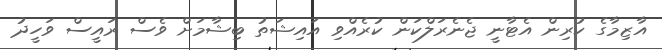
އާޒިމާގެ ކުރިން އެޓާނީ ޖެނެރަލްކަން ކުރެއްވި އައިޝަތު ބިޝާމަށް ވެސް ރައީސް ވަހީދު